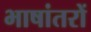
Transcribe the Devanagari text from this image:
भाषांतरों